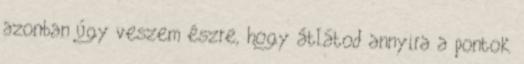
azonban úgy veszem észre, hogy átlátod annyira a pontok